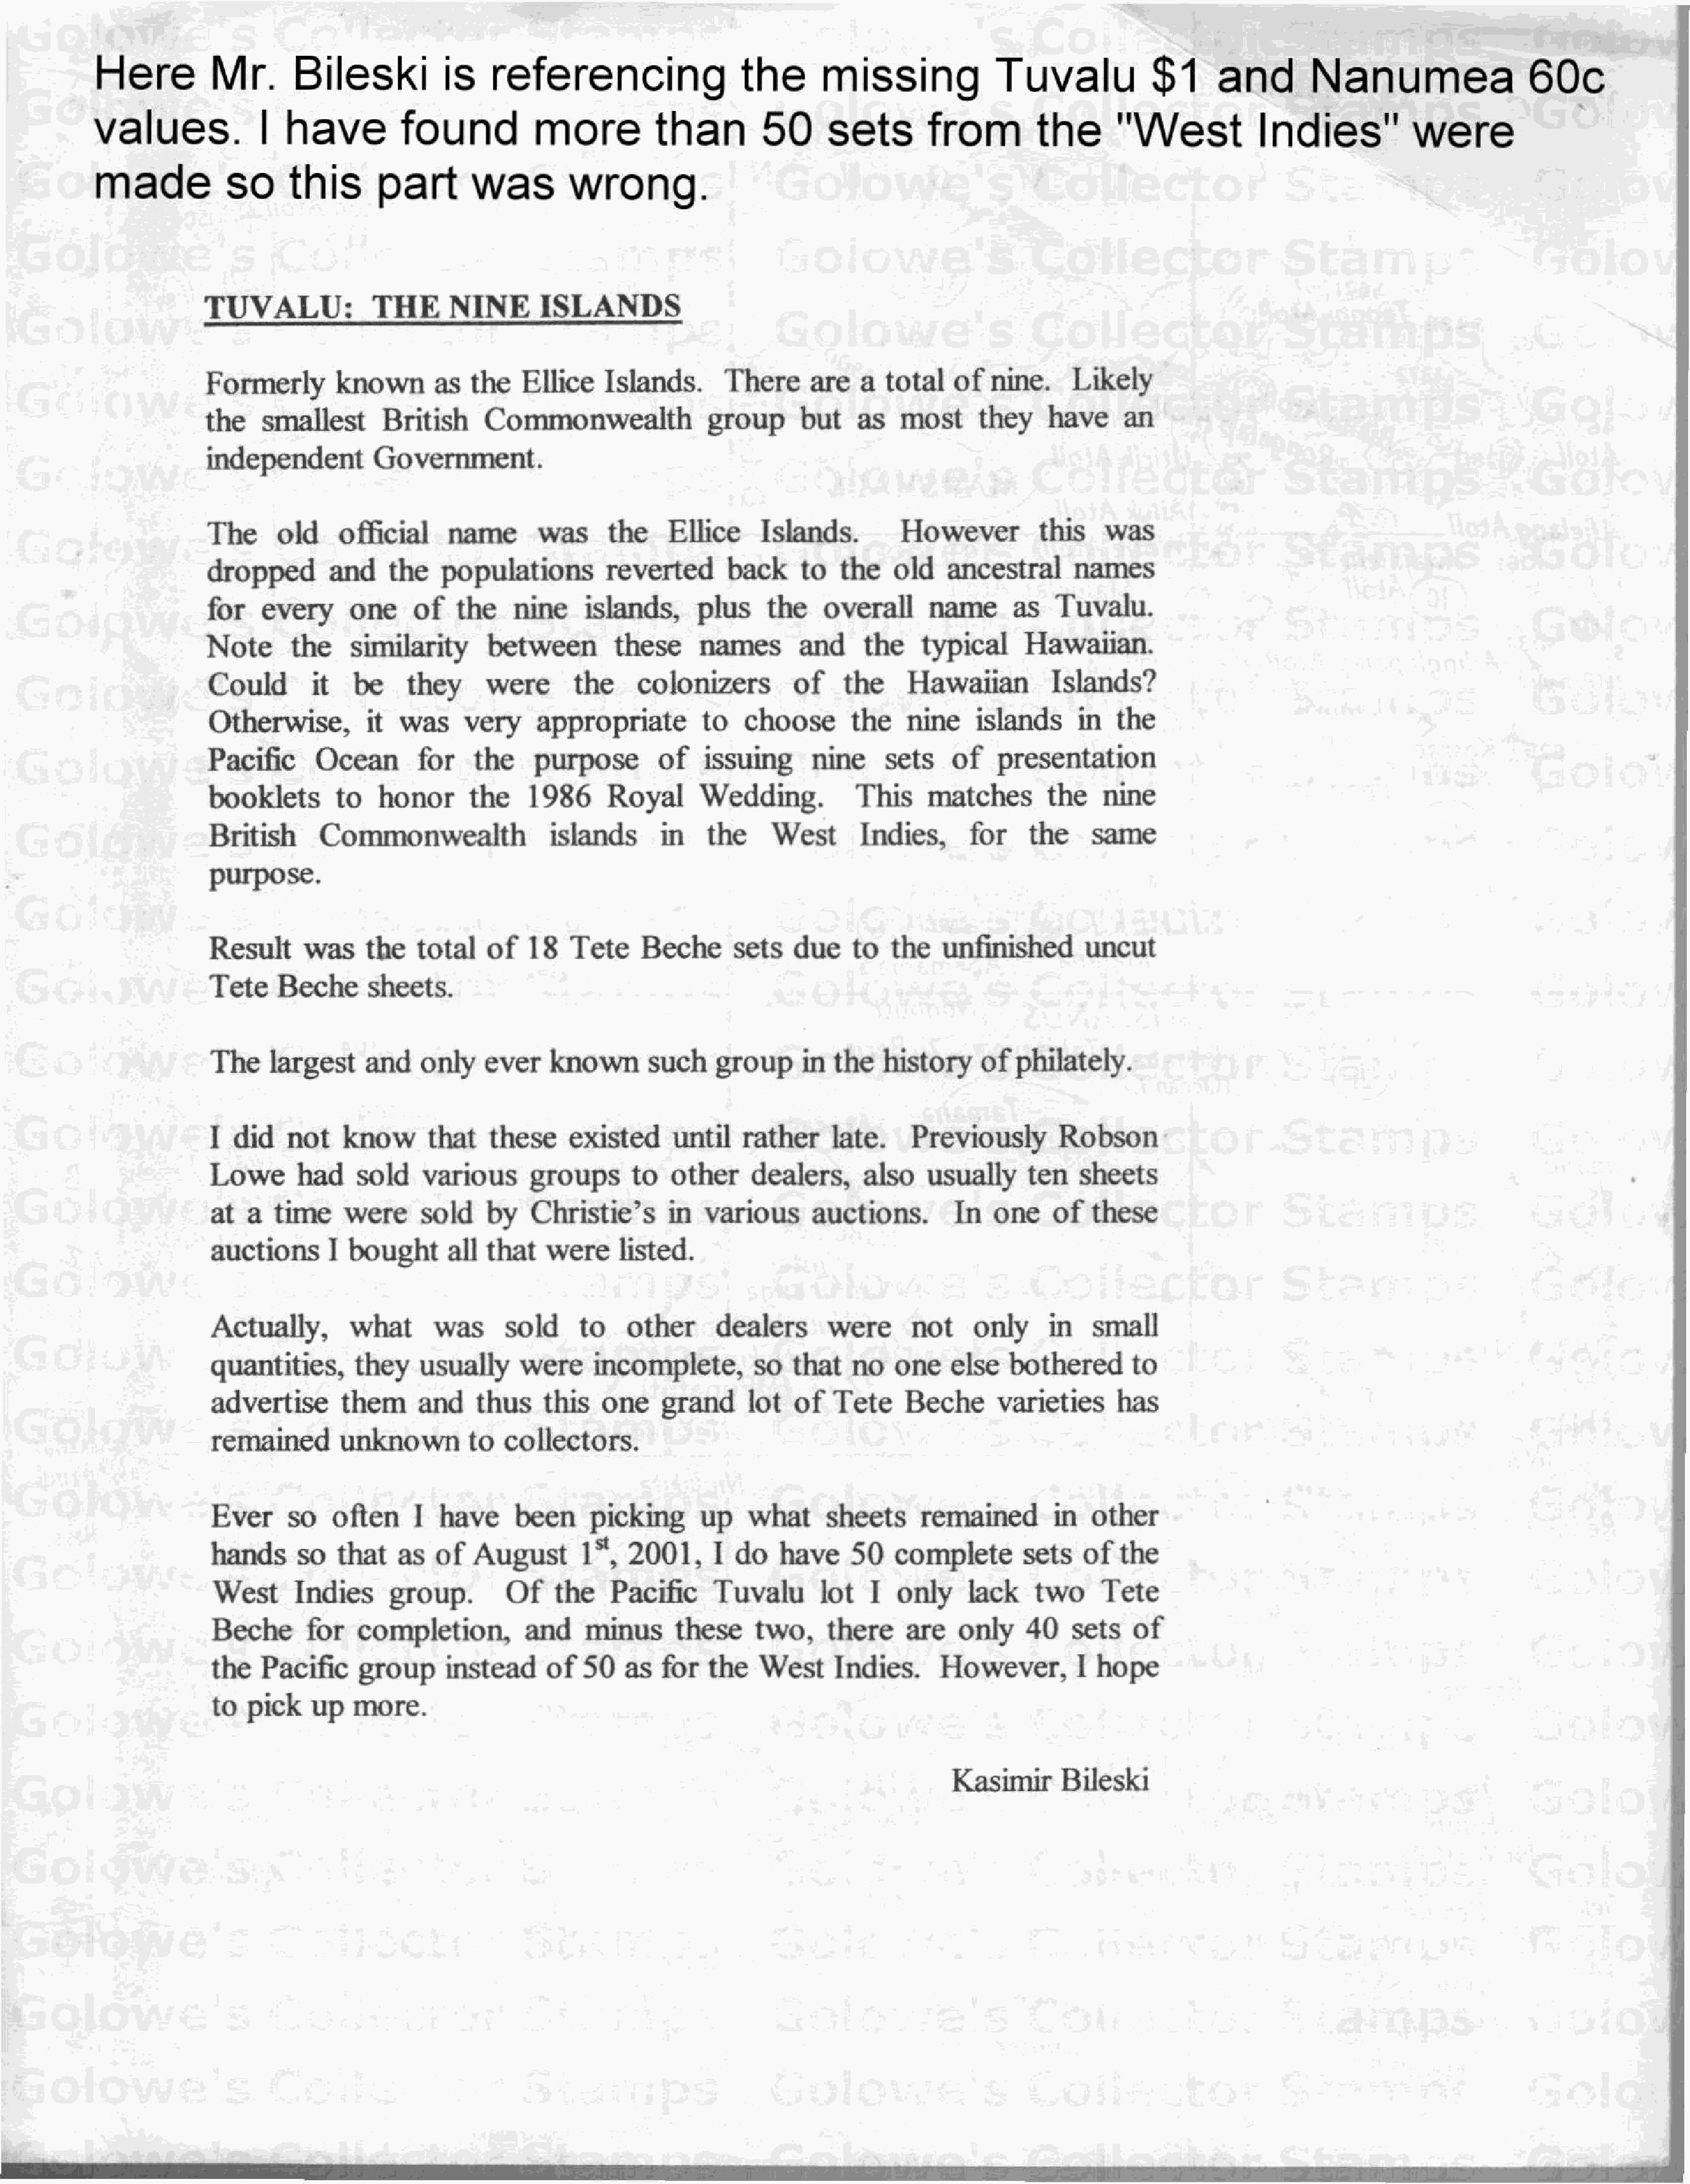
Here        Mr.      Bileski        is   referencing               the      missing           Tuvalu          $1     and       Nanumea               60c
 values.          I  have        found         more        than       50     sets      from        the     "West          Indies"         were
 made          so    this     part      was       wrong.
 T U  V A  L U:   T  HE   NINE     ISLANDS
 Formerly     known      as  the   Ellice  Islands.     There     are  a  total  of  nine.    Likely
 the    smallest     British   Commonwealth            group     but   as   most     they   have    an
 independent      Government.
 The    old    official   name      was     the   Ellice    Islands.       However        this   was
 dropped      and   the   populations      reverted     back    to   the   old  ancestral     names
 for   every    one    of   the   nine    islands,    plus   the   overall     name     as  Tuvalu.
 Note    the    similarity     between      these    names      and    the    typical    Hawaiian.
 Could      it  be    they     were     the    colonizers       of   the    Hawaiian       Islands?
 Otherwise,       it was    very    appropriate       to   choose     the   nine    islands    in  the
 Pacific    Ocean      for   the    purpose      of   issuing    nine    sets    of  presentation
 booklets     to   honor     the   1986     Royal     Wedding.        This    matches      the   nine
 British    Commonwealth             islands     in   the    West     Indies,     for    the   same
 purpose.
 Result    was    the  total   of  18   Tete    Beche     sets  due    to  the   unfinished     uncut
 Tete   Beche     sheets.
 The   largest    and   only   ever   known     such    group    in the   history   of  philately.
 I did   not   know      that  these    existed    until   rather   late.    Previously      Robson
 Lowe     had    sold   various    groups     to   other   dealers,    also   usually    ten  sheets
 at  a  time    were    sold   by   Christie's     in  various    auctions.      In   one   of  these
 auctions     I bought    all  that   were   listed.
 Actually,      what     was     sold    to   other    dealers     were     not    only    in   small
 quantities,    they   usually    were    incomplete,      so   that  no   one   else  bothered     to
 advertise     them    and    thus   this  one    grand    lot  of  Tete    Beche     varieties    has
 remained      unknown       to  collectors.
 Ever    so   often    I  have    been    picking     up   what     sheets    remained      in  other
 hands    so   that   as  of  August     1st, 2001,    I  do   have    50  complete      sets   of  the
 West     Indies    group.       Of   the   Pacific    Tuvalu     lot   I only    lack   two    Tete
 Beche     for   completion,       and   minus     these    two,   there    are   only   40   sets   of
 the   Pacific   group    instead    of  50   as  for  the   West    Indies.    However,       I hope
 to  pick   up  more.
 Kasimir    Bileski